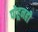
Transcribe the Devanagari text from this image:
पोहूनही